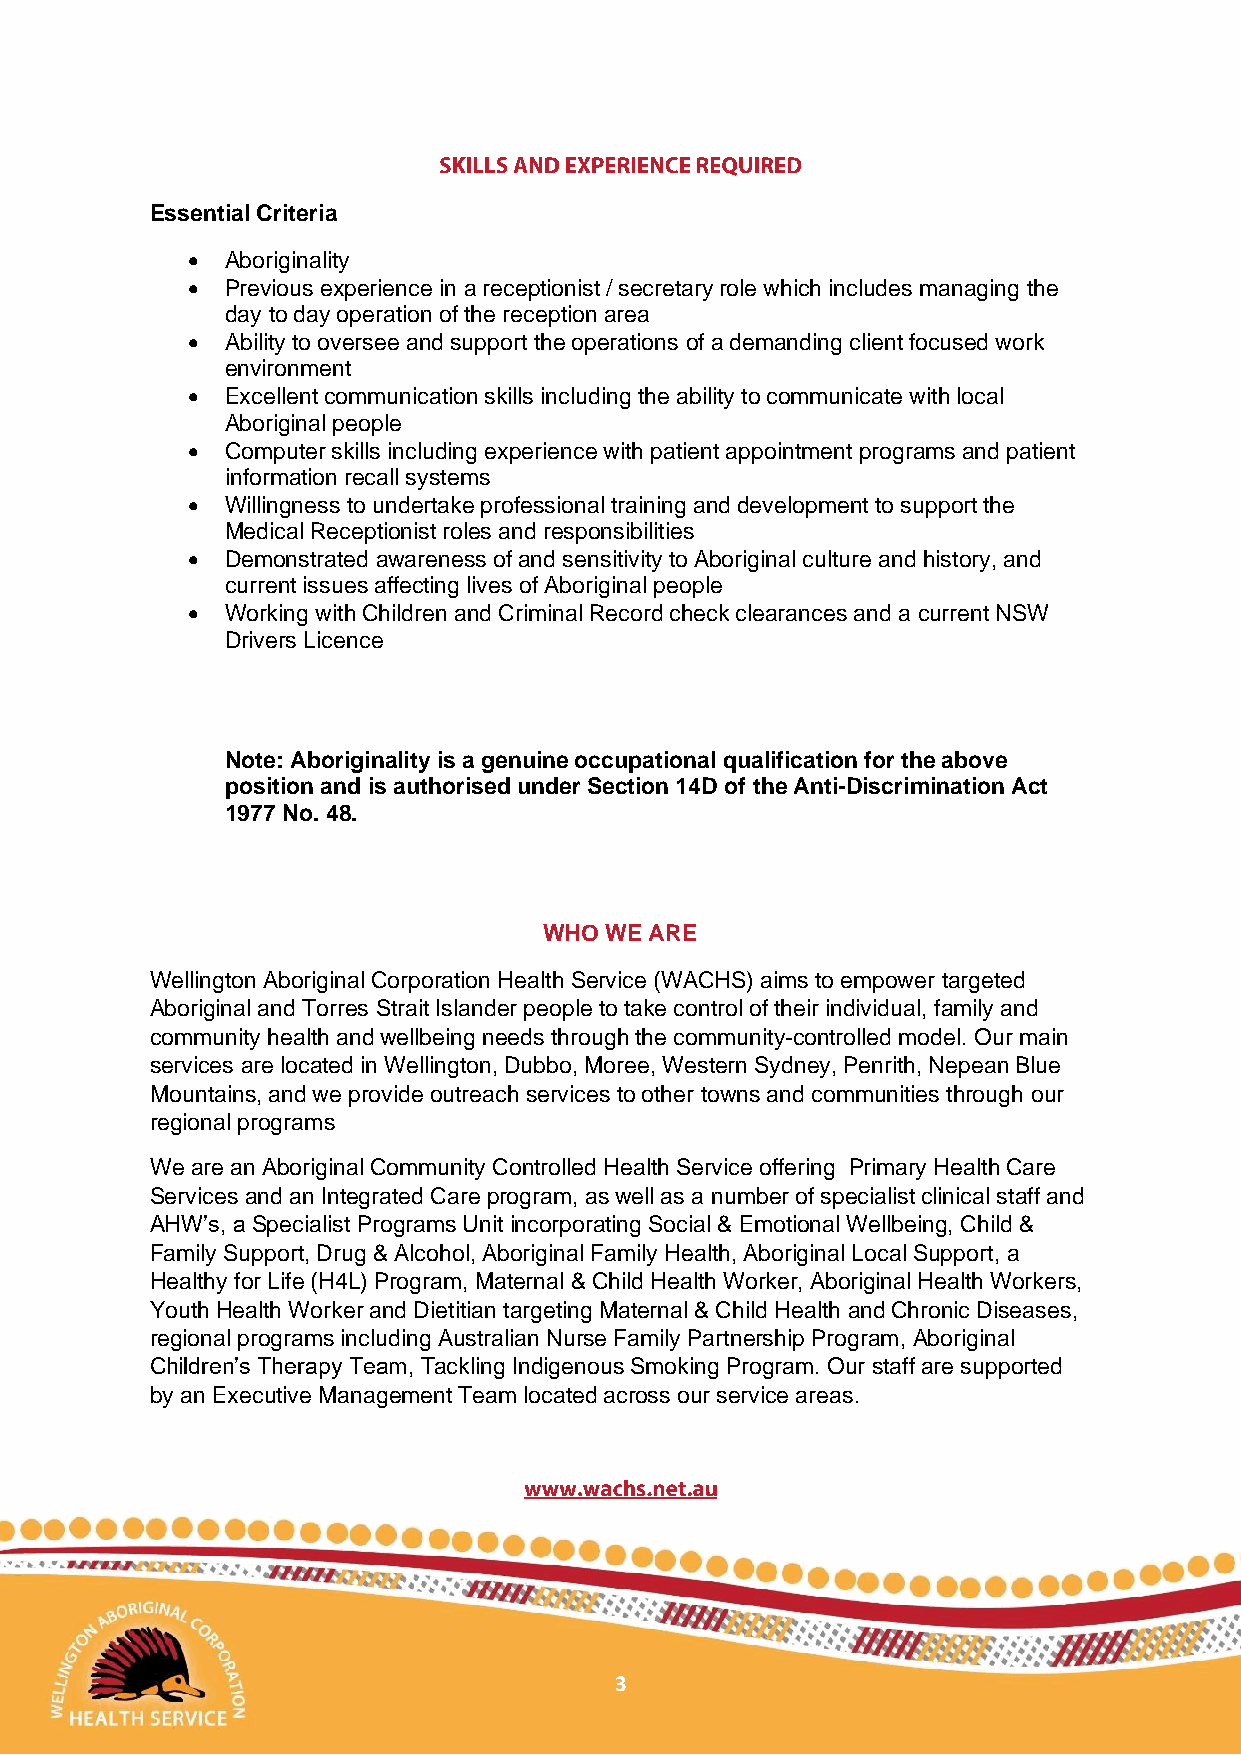
Essential Criteria
 •  Aboriginality
 •  Previous experience in a receptionist / secretary role which includes managing the
 day to day operation of the reception area
 •  Ability to oversee and support the operations of a demanding client focused work
 environment
 •  Excellent communication skills including the ability to communicate with local
 Aboriginal people
 •  Computer skills including experience with patient appointment programs and patient
 information recall systems
 •  Willingness to undertake professional training and development to support the
 Medical Receptionist roles and responsibilities
 •  Demonstrated awareness of and sensitivity to Aboriginal culture and history, and
 current issues affecting lives of Aboriginal people
 •  Working with Children and Criminal Record check clearances and a current NSW
 Drivers Licence
 Note: Aboriginality is a genuine occupational qualification for the above
 position and is authorised under Section 14D of the Anti-Discrimination Act
 1977 No. 48.
 WHO WE ARE
 Wellington Aboriginal Corporation Health Service (WACHS) aims to empower targeted
 Aboriginal and Torres Strait Islander people to take control of their individual, family and
 community health and wellbeing needs through the community-controlled model. Our main
 services are located in Wellington, Dubbo, Moree, Western Sydney, Penrith, Nepean Blue
 Mountains, and we provide outreach services to other towns and communities through our
 regional programs
 We are an Aboriginal Community Controlled Health Service offering Primary Health Care
 Services and an Integrated Care program, as well as a number of specialist clinical staff and
 AHW’s, a Specialist Programs Unit incorporating Social & Emotional Wellbeing, Child &
 Family Support, Drug & Alcohol, Aboriginal Family Health, Aboriginal Local Support, a
 Healthy for Life (H4L) Program, Maternal & Child Health Worker, Aboriginal Health Workers,
 Youth Health Worker and Dietitian targeting Maternal & Child Health and Chronic Diseases,
 regional programs including Australian Nurse Family Partnership Program, Aboriginal
 Children’s Therapy Team, Tackling Indigenous Smoking Program. Our staff are supported
 by an Executive Management Team located across our service areas.
 3